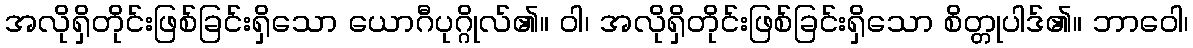
အလိုရှိတိုင်းဖြစ်ခြင်းရှိသော ယောဂီပုဂ္ဂိုလ်၏။ ဝါ၊ အလိုရှိတိုင်းဖြစ်ခြင်းရှိသော စိတ္တုပါဒ်၏။ ဘာဝေါ၊